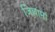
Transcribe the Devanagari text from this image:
जिल्लामां